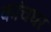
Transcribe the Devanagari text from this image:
कांचघर